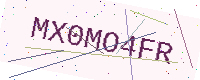
Text: MX0MO4FR